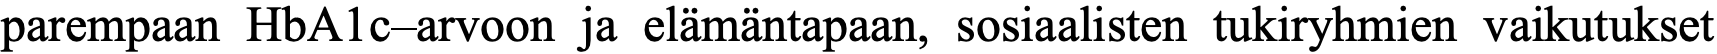
parempaan HbA1c–arvoon ja elämäntapaan, sosiaalisten tukiryhmien vaikutukset